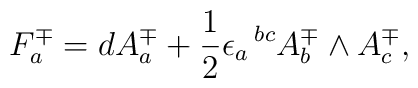
F^{\mp}_{a} = dA^{\mp}_{a} + {1\over 2}\epsilon_{a}\,^{bc}A^{\mp}_{b}\wedge A^{\mp}_{c},